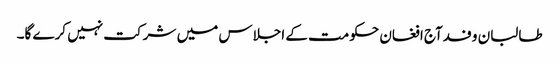
طالبان وفدآج افغان حکومت کے اجلاس میں شرکت نہیں کرے گا۔